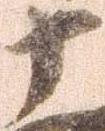
十